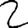
Digit: 2